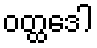
ဝတ္ထဒေါ